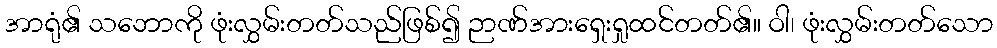
အာရုံ၏ သဘောကို ဖုံးလွှမ်းတတ်သည်ဖြစ်၍ ဉာဏ်အားရှေးရှုထင်တတ်၏။ ဝါ၊ ဖုံးလွှမ်းတတ်သော